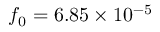
f _ { 0 } = 6 . 8 5 \times 1 0 ^ { - 5 }